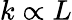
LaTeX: k\propto L